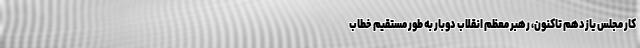
کار مجلس یازدهم تاکنون، رهبر معظم انقلاب دوبار به طور مستقیم خطاب